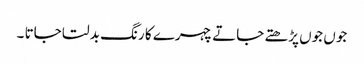
جوں جوں پڑھتے جاتے چہرے کا رنگ بدلتا جاتا ۔